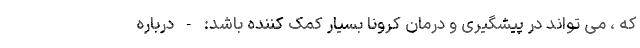
که ، می تواند در پیشگیری و درمان کرونا بسیار کمک کننده باشد: - درباره